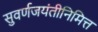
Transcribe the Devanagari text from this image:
सुवर्णजयंतीनिमित्त